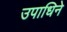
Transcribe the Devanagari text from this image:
उपाधिने